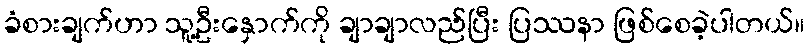
ခံစားချက်ဟာ သူ့ဦးနှောက်ကို ချာချာလည်ပြီး ပြဿနာ ဖြစ်စေခဲ့ပါတယ်။